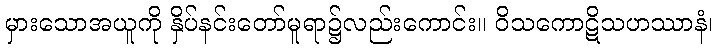
မှားသောအယူကို နှိပ်နင်းတော်မူရာ၌လည်းကောင်း။ ဝိသကောဋိသဟဿာနံ၊